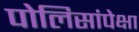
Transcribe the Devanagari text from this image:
पोलिसांपेक्षा